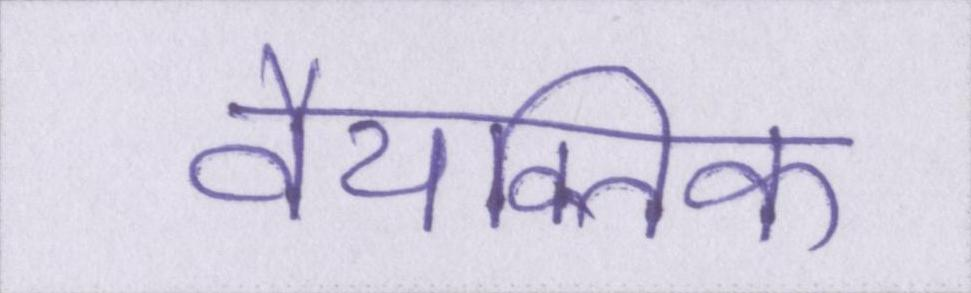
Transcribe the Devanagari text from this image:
वैयक्तिक